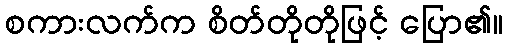
စကားလက်က စိတ်တိုတိုဖြင့် ပြော၏။